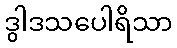
ဒွါဒသပေါရိသာ